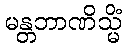
မန္တဘာဏိသ္မိံ